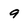
Character: 9